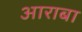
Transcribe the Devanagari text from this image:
आराबा